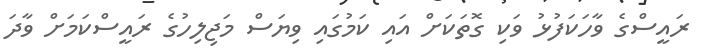
ރައީސްގެ ވާހަކަފުޅު ވަކި ގޮތަކަށް އައި ކަމުގައި ވިޔަސް މަޖިލިހުގެ ރައީސްކަމަށް ވާދަ